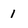
Character: 1